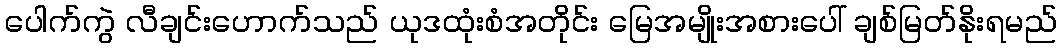
ပေါက်ကွဲ လီချင်းဟောက်သည် ယုဒထုံးစံအတိုင်း မြေအမျိုးအစားပေါ် ချစ်မြတ်နိုးရမည်